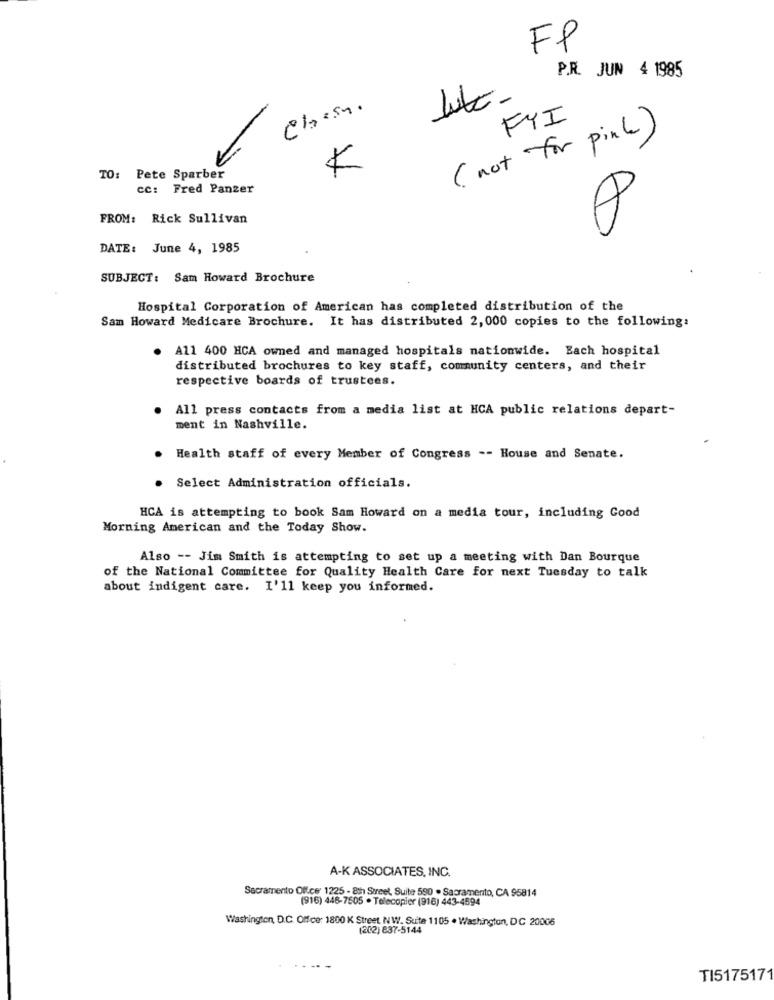
FP
P.R. JUN 4 1985
FYI
( not for pink)
K
TO: Pete Sparber
cc: Fred Panzer
FROM: Rick Sullivan
DATE: June 4, 1985
SUBJECT: Sam Howard Brochure
Hospital Corporation of American has completed distribution of the
Sam Howard Medicare Brochure. It has distributed 2,000 copies to the following:
A11 400 HCA owned and managed hospitals nationwide. Each hospital
distributed brochures to key staff, community centers, and their
respective boards of trustees.
All press contacts from a media list at HCA public relations depart-
ment in Nashville.
. Health staff of every Member of Congress -- House and Senate.
. Select Administration officials.
HCA is attempting to book Sam Howard on a media tour, including Good
Morning American and the Today Show.
Also -- Jim Smith is attempting to set up a meeting with Dan Bourque
of the National Committee for Quality Health Care for next Tuesday to talk
about indigent care. I'll keep you informed.
A-K ASSOCIATES, INC.
Sacramento Office 1225 - 8th Street, Suite 580 . Sacramento, CA 95814
(916) 446-7505 . Telecopier (916) 443-4594
Washington, D.C. Office: 1800 K Street, NW. Suite 1105 . Washington, DC 20006
(202) 837-5144
TI517517